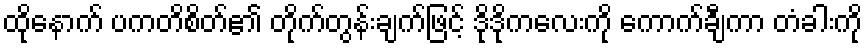
ထိုနောက် ပကတိစိတ်၏ တိုက်တွန်းချက်ဖြင့် ဒိုဒိုကလေးကို ကောက်ချီကာ တံခါးကို